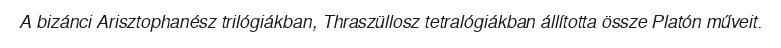
A bizánci Arisztophanész trilógiákban, Thraszüllosz tetralógiákban állította össze Platón műveit.